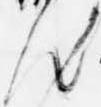
汰